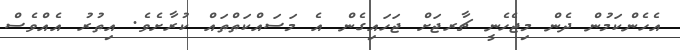
އެހެންކަމުން ދެން މިޖެހެނީ ޗާރޖަށް ޖަހައިގެން އެ މަސައްކަތްތައް ކުރާށެވެ. އިތުރު އެއްވެސް